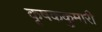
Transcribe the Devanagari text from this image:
कृषककुमारी